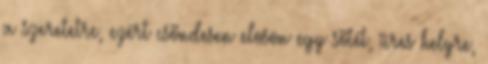
a szeretetre, ezért csöndesen eloson egy sötét, üres helyre,